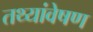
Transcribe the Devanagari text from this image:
तथ्यांवेषण